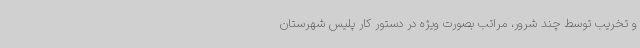
و تخریب توسط چند شرور، مراتب بصورت ویژه در دستور کار پلیس شهرستان